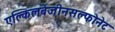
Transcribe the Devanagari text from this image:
एल्किलबेंजीनसल्फोनेट